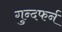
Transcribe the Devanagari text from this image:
गुन्दफर्न